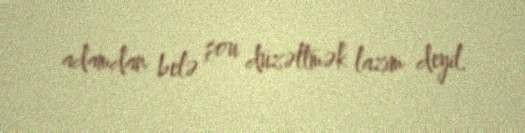
adamdan belə şou düzəltmək lazım deyil.